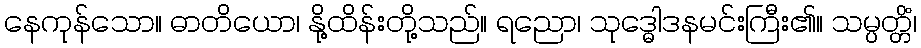
နေကုန်သော။ ဓာတိယော၊ နို့ထိန်းတို့သည်။ ရညော၊ သုဒ္ဓေါဒနမင်းကြီး၏။ သမ္ပတ္တိံ၊